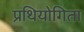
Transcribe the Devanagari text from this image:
प्रथियोगिता